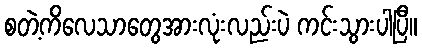
စတဲ့ကိလေသာတွေအားလုံးလည်းပဲ ကင်းသွားပါပြီ။